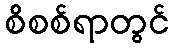
စိစစ်ရာတွင်